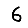
Digit: 6